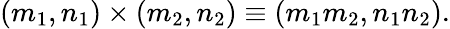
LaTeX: \left(m_{1},n_{1}\right)\times\left(m_{2},n_{2}\right)\equiv\left(m_{1}m_{2},n_{1}n_{2}\right).